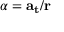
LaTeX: \alpha = \mathbf { a _ { \mathbf { t } } } / \mathbf { r }